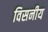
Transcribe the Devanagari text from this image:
विसनीय